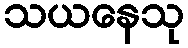
သယနေသု